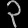
Digit: ၃